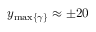
y _ { \operatorname* { m a x } \{ \gamma \} } \approx \pm 2 0